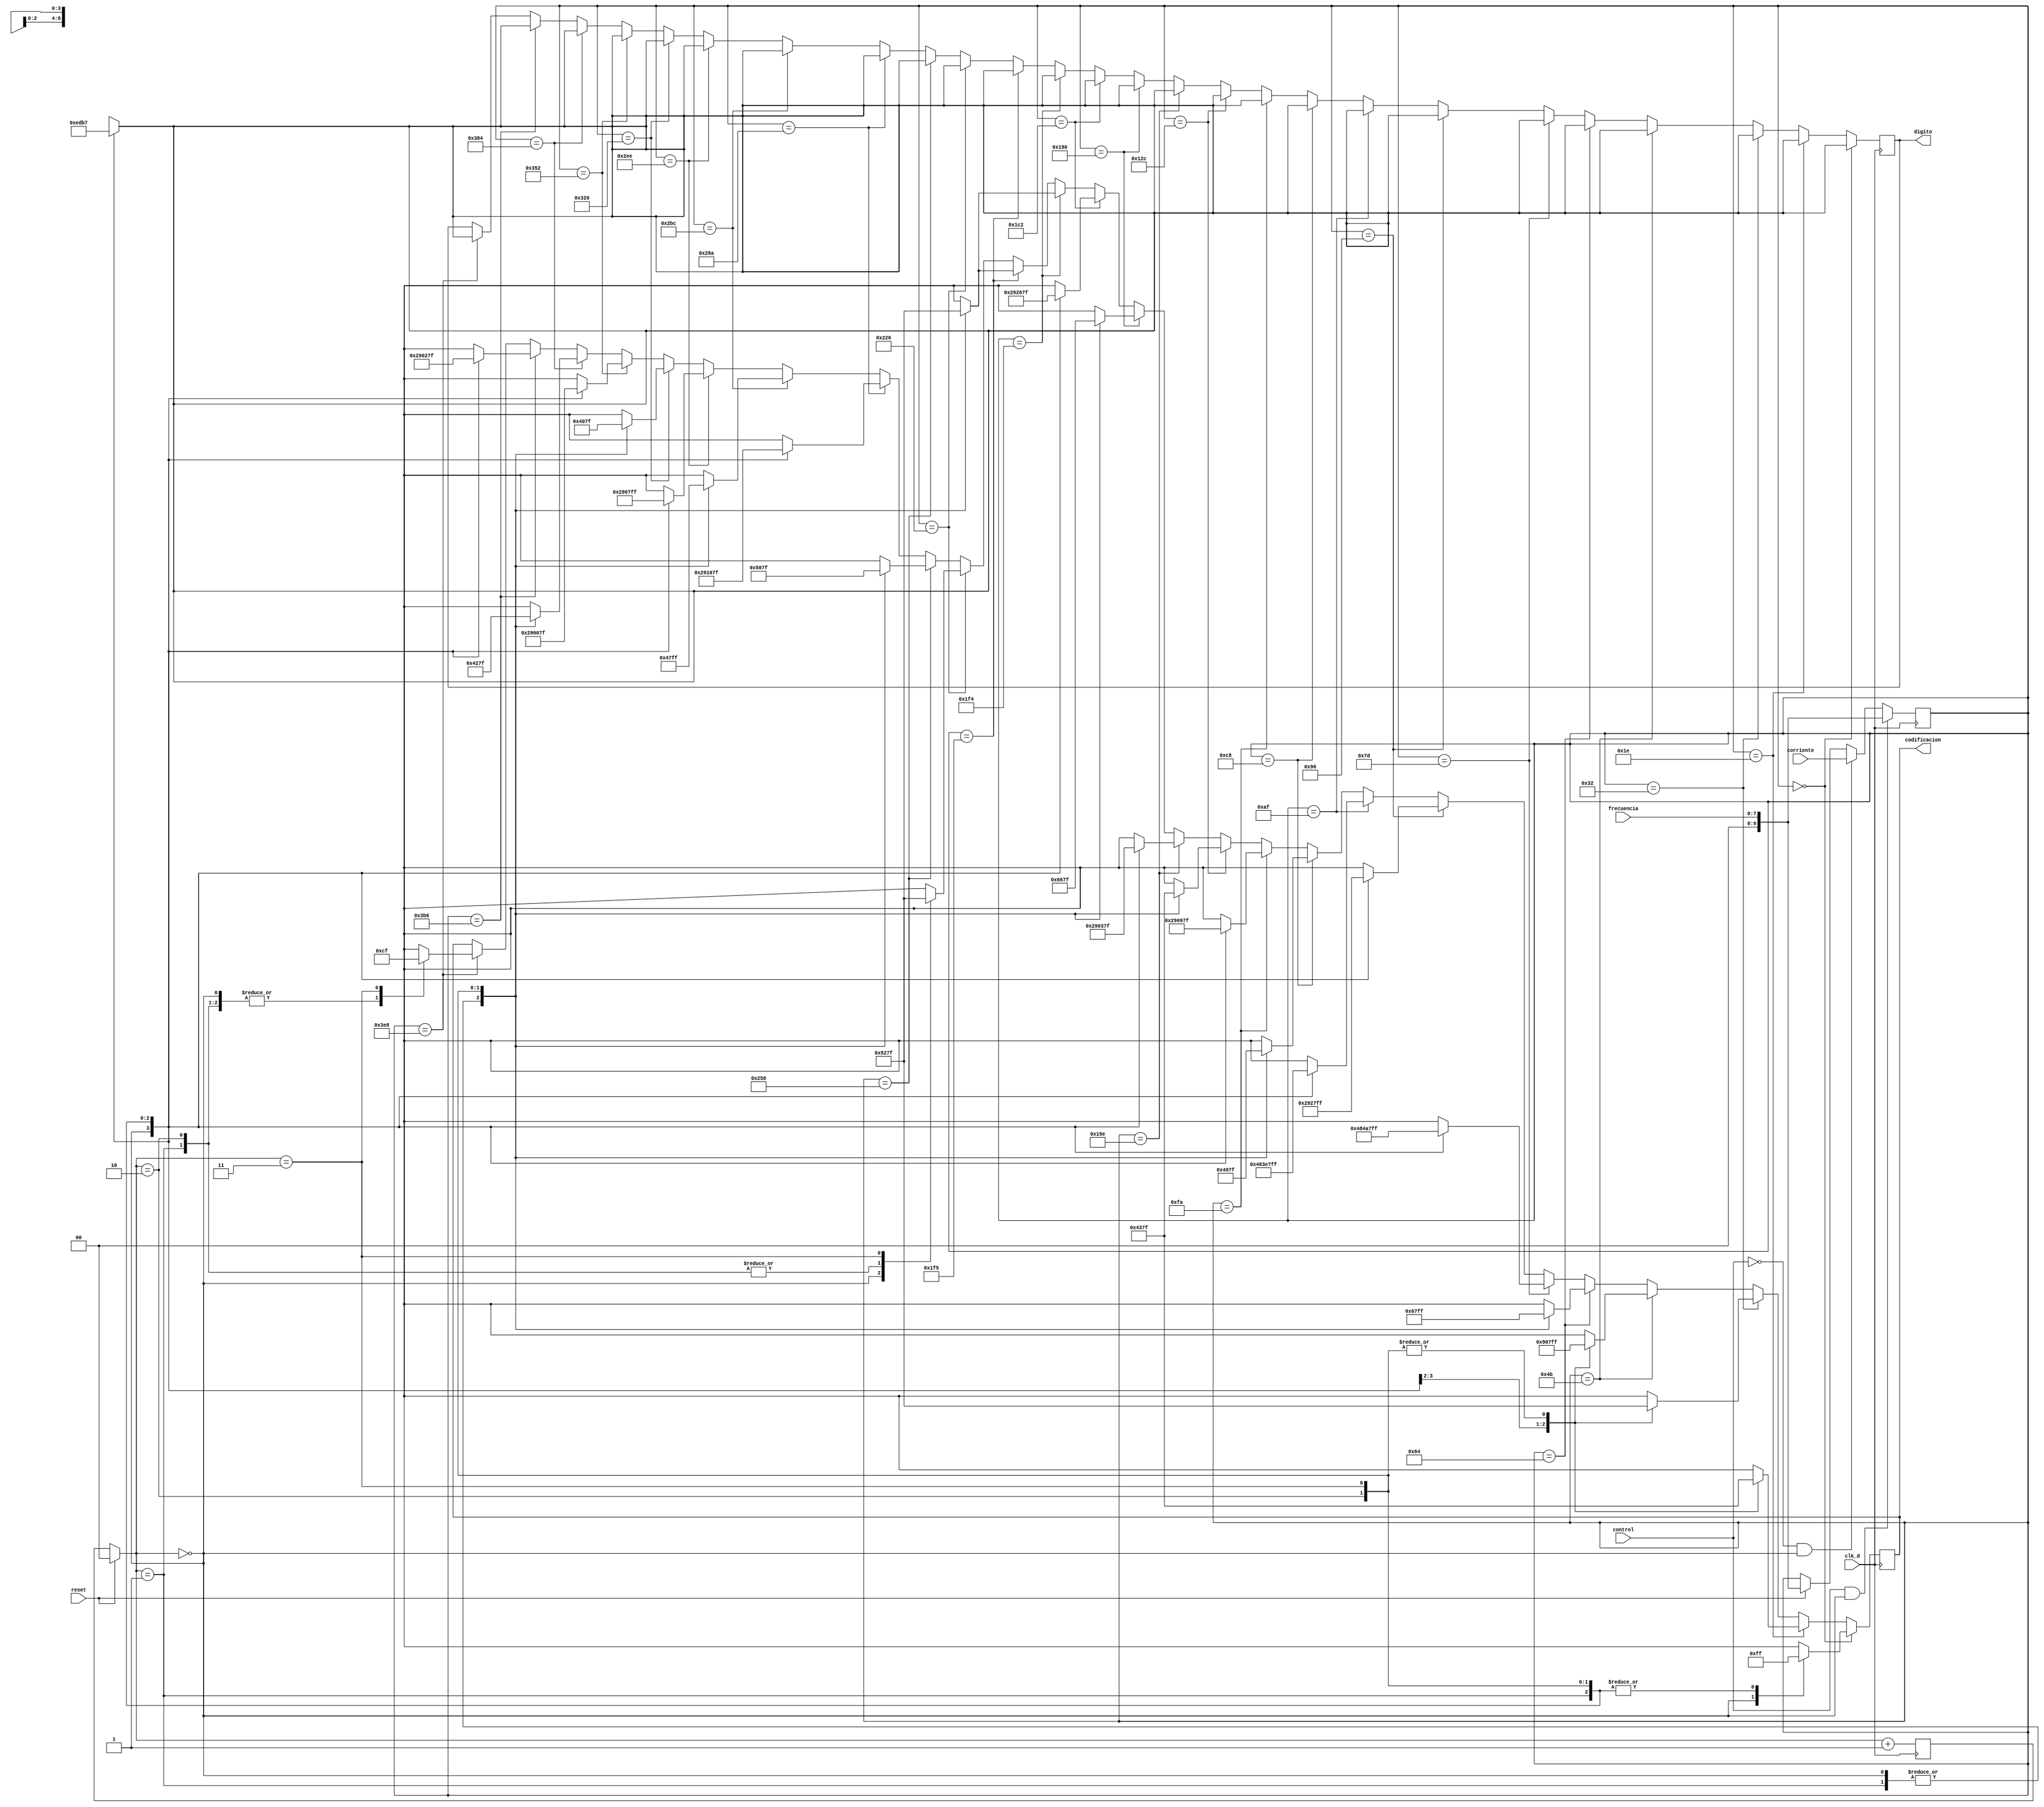
`timescale 1ns / 1ps
//////////////////////////////////////////////////////////////////////////////////
// Company: 	TEC	
// 
// Design Name: 	
// Module Name:    Codificador 7 segmentos 
// Project Name: DPWM
// Target Devices: Nexys3
// Tool versions: 
// Description: 
//
// Dependencies: 
//
// Revision: 
// Revision 0.01 - File Created
// Additional Comments: 
//
//////////////////////////////////////////////////////////////////////////////////
module Codificador_7_Seg(
	 input [7:0] frecuencia,							//proviene de la memoria de frecuencia
	 input [9:0] corriente, 
	 input control,
	 input reset,
	 input clk_d,
	 output reg [6:0] codificacion,
	 output reg [3:0] digito
    );
	 
	 reg [1:0] contador;
	 reg [9:0] variable;
	 
	 always @(posedge clk_d)
	 begin
		 if (reset)
			begin contador=2'b00;
			variable<=frecuencia; end
		 if (control==1 && contador==0)					//escoje el modo de operaci?n frecuencia o corriente
			variable<=frecuencia;
		 else if (control==0 && contador==0)
			variable<=corriente;
		
		if (variable==10'd0)									//realiza las operaciones seg?n cada caso
			case (contador)
				0: begin
					digito<=4'd14;
					codificacion<=7'b0000001;
				end
				1:begin
					digito<=4'd13;
					codificacion<=7'b1111111;
				end
				2: begin
					digito<=4'd11;
					codificacion<=7'b1111111;
				end
				3: begin
					digito<=4'd7;
					codificacion<=7'b1111111;
				end
				default: begin
					digito<=4'd14;
					codificacion<=7'b1111111;
				end
			endcase
		
		else if (variable==10'd30)								
			case (contador)
				0: begin
					digito<=4'd14;
					codificacion<=7'b0000001;
				end
				1:begin
					digito<=4'd13;
					codificacion<=7'b0000110;
				end
				2: begin
					digito<=4'd11;
					codificacion<=7'b1111111;
				end
				3: begin
					digito<=4'd7;
					codificacion<=7'b1111111;
				end
				default: begin
					digito<=4'd14;
					codificacion<=7'b1111111;
				end
			endcase
			
		else if (variable==10'd50)
			case (contador)
				0: begin
					digito<=4'd14;
					codificacion<=7'b0000001;
				end
				1:begin
					digito<=4'd13;
					codificacion<=7'b0100100;
				end
				2: begin
					digito<=4'd11;
					codificacion<=7'b1111111;
				end
				3: begin
					digito<=4'd7;
					codificacion<=7'b1111111;
				end
				default: begin
					digito<=4'd14;
					codificacion<=7'b1111111;
				end
			endcase
			
		else if (variable==10'd75)
			case (contador)
				0: begin
					digito<=4'd14;
					codificacion<=7'b0100100;
				end
				1:begin
					digito<=4'd13;
					codificacion<=7'b0001111;
				end
				2: begin
					digito<=4'd11;
					codificacion<=7'b1111111;
				end
				3: begin
					digito<=4'd7;
					codificacion<=7'b1111111;
				end
				default: begin
					digito<=4'd14;
					codificacion<=7'b1111111;
				end
			endcase
		
		else if (variable==10'd100)
			case (contador)
				0: begin
					digito<=4'd14;
					codificacion<=7'b0000001;
				end
				1:begin
					digito<=4'd13;
					codificacion<=7'b0000001;
				end
				2: begin
					digito<=4'd11;
					codificacion<=7'b1001111;
				end
				3: begin
					digito<=4'd7;
					codificacion<=7'b1111111;
				end
				default: begin
					digito<=4'd14;
					codificacion<=7'b1111111;
				end
			endcase
			
		else if (variable==10'd125)
			case (contador)
				0: begin
					digito<=4'd14;
					codificacion<=7'b0100100;
				end
				1:begin
					digito<=4'd13;
					codificacion<=7'b0010010;
				end
				2: begin
					digito<=4'd11;
					codificacion<=7'b1001111;
				end
				3: begin
					digito<=4'd7;
					codificacion<=7'b1111111;
				end
				default: begin
					digito<=4'd14;
					codificacion<=7'b1111111;
				end
			endcase
		
		else if (variable==10'd150)
			case (contador)
				0: begin
					digito<=4'd14;
					codificacion<=7'b0000001;
				end
				1:begin
					digito<=4'd13;
					codificacion<=7'b0100100;
				end
				2: begin
					digito<=4'd11;
					codificacion<=7'b1001111;
				end
				3: begin
					digito<=4'd7;
					codificacion<=7'b1111111;
				end
				default: begin
					digito<=4'd14;
					codificacion<=7'b1111111;
				end
			endcase
		
		else if (variable==10'd175)
			case (contador)
				0: begin
					digito<=4'd14;
					codificacion<=7'b0100100;
				end
				1:begin
					digito<=4'd13;
					codificacion<=7'b0001111;
				end
				2: begin
					digito<=4'd11;
					codificacion<=7'b1001111;
				end
				3: begin
					digito<=4'd7;
					codificacion<=7'b1111111;
				end
				default: begin
					digito<=4'd14;
					codificacion<=7'b1111111;
				end
			endcase 
		
		else if (variable==10'd200)
			case (contador)
				0: begin
					digito<=4'd14;
					codificacion<=7'b0000001;
				end
				1:begin
					digito<=4'd13;
					codificacion<=7'b0000001;
				end
				2: begin
					digito<=4'd11;
					codificacion<=7'b0010010;
				end
				3: begin
					digito<=4'd7;
					codificacion<=7'b1111111;
				end
				default: begin
					digito<=4'd14;
					codificacion<=7'b1111111;
				end
			endcase
		
		else if (variable==10'd250)
			case (contador)
				0: begin
					digito<=4'd14;
					codificacion<=7'b0000001;
				end
				1:begin
					digito<=4'd13;
					codificacion<=7'b0100100;
				end
				2: begin
					digito<=4'd11;
					codificacion<=7'b0010010;
				end
				3: begin
					digito<=4'd7;
					codificacion<=7'b1111111;
				end
				default: begin
					digito<=4'd14;
					codificacion<=7'b1111111;
				end
			endcase
		
		else if (variable==10'd300)
			case (contador)
				0: begin
					digito<=4'd14;
					codificacion<=7'b0000001;
				end
				1:begin
					digito<=4'd13;
					codificacion<=7'b0000001;
				end
				2: begin
					digito<=4'd11;
					codificacion<=7'b0000110;
				end
				3: begin
					digito<=4'd7;
					codificacion<=7'b1111111;
				end
				default: begin
					digito<=4'd14;
					codificacion<=7'b1111111;
				end
			endcase
		
		else if (variable==10'd350)
			case (contador)
				0: begin
					digito<=4'd14;
					codificacion<=7'b0000001;
				end
				1:begin
					digito<=4'd13;
					codificacion<=7'b0100100;
				end
				2: begin
					digito<=4'd11;
					codificacion<=7'b0000110;
				end
				3: begin
					digito<=4'd7;
					codificacion<=7'b1111111;
				end
				default: begin
					digito<=4'd14;
					codificacion<=7'b1111111;
				end
			endcase
		
		else if (variable==10'd400)
			case (contador)
				0: begin
					digito<=4'd14;
					codificacion<=7'b0000001;
				end
				1:begin
					digito<=4'd13;
					codificacion<=7'b0000001;
				end
				2: begin
					digito<=4'd11;
					codificacion<=7'b1001100;
				end
				3: begin
					digito<=4'd7;
					codificacion<=7'b1111111;
				end
				default: begin
					digito<=4'd14;
					codificacion<=7'b1111111;
				end
			endcase
		
		else if (variable==10'd450)
			case (contador)
				0: begin
					digito<=4'd14;
					codificacion<=7'b0000001;
				end
				1:begin
					digito<=4'd13;
					codificacion<=7'b0100100;
				end
				2: begin
					digito<=4'd11;
					codificacion<=7'b1001100;
				end
				3: begin
					digito<=4'd7;
					codificacion<=7'b1111111;
				end
				default: begin
					digito<=4'd14;
					codificacion<=7'b1111111;
				end
			endcase
		
		else if (variable==10'd500)
			case (contador)
				0: begin
					digito<=4'd14;
					codificacion<=7'b0000001;
				end
				1:begin
					digito<=4'd13;
					codificacion<=7'b0000001;
				end
				2: begin
					digito<=4'd11;
					codificacion<=7'b0100100;
				end
				3: begin
					digito<=4'd7;
					codificacion<=7'b1111111;
				end
				default: begin
					digito<=4'd14;
					codificacion<=7'b1111111;
				end
			endcase
			
		else if (variable==10'd501)
			case (contador)
				0: begin
					digito<=4'd14;
					codificacion<=7'b0000001;
				end
				1:begin
					digito<=4'd13;
					codificacion<=7'b0000001;
				end
				2: begin
					digito<=4'd11;
					codificacion<=7'b0100100;
				end
				3: begin
					digito<=4'd7;
					codificacion<=7'b1111111;
				end
				default: begin
					digito<=4'd14;
					codificacion<=7'b1111111;
				end
			endcase
		
		else if (variable==10'd550)
			case (contador)
				0: begin
					digito<=4'd14;
					codificacion<=7'b0000001;
				end
				1:begin
					digito<=4'd13;
					codificacion<=7'b0100100;
				end
				2: begin
					digito<=4'd11;
					codificacion<=7'b0100100;
				end
				3: begin
					digito<=4'd7;
					codificacion<=7'b1111111;
				end
				default: begin
					digito<=4'd14;
					codificacion<=7'b1111111;
				end
			endcase
		
		else if (variable==10'd600)
			case (contador)
				0: begin
					digito<=4'd14;
					codificacion<=7'b0000001;
				end
				1:begin
					digito<=4'd13;
					codificacion<=7'b0000001;
				end
				2: begin
					digito<=4'd11;
					codificacion<=7'b0100000;
				end
				3: begin
					digito<=4'd7;
					codificacion<=7'b1111111;
				end
				default: begin
					digito<=4'd14;
					codificacion<=7'b1111111;
				end
			endcase
		
		else if (variable==10'd650)
			case (contador)
				0: begin
					digito<=4'd14;
					codificacion<=7'b0000001;
				end
				1:begin
					digito<=4'd13;
					codificacion<=7'b0100100;
				end
				2: begin
					digito<=4'd11;
					codificacion<=7'b0100000;
				end
				3: begin
					digito<=4'd7;
					codificacion<=7'b1111111;
				end
				default: begin
					digito<=4'd14;
					codificacion<=7'b1111111;
				end
			endcase
		
		else if (variable==10'd700)
			case (contador)
				0: begin
					digito<=4'd14;
					codificacion<=7'b0000001;
				end
				1:begin
					digito<=4'd13;
					codificacion<=7'b0000001;
				end
				2: begin
					digito<=4'd11;
					codificacion<=7'b0001111;
				end
				3: begin
					digito<=4'd7;
					codificacion<=7'b1111111;
				end
				default: begin
					digito<=4'd14;
					codificacion<=7'b1111111;
				end
			endcase
		
		else if (variable==10'd750)
			case (contador)
				0: begin
					digito<=4'd14;
					codificacion<=7'b0000001;
				end
				1:begin
					digito<=4'd13;
					codificacion<=7'b0100100;
				end
				2: begin
					digito<=4'd11;
					codificacion<=7'b0001111;
				end
				3: begin
					digito<=4'd7;
					codificacion<=7'b1111111;
				end
				default: begin
					digito<=4'd14;
					codificacion<=7'b1111111;
				end
			endcase
		
		else if (variable==10'd800)
			case (contador)
				0: begin
					digito<=4'd14;
					codificacion<=7'b0000001;
				end
				1:begin
					digito<=4'd13;
					codificacion<=7'b0000001;
				end
				2: begin
					digito<=4'd11;
					codificacion<=7'b0000000;
				end
				3: begin
					digito<=4'd7;
					codificacion<=7'b1111111;
				end
				default: begin
					digito<=4'd14;
					codificacion<=7'b1111111;
				end
			endcase
		
		else if (variable==10'd850)
			case (contador)
				0: begin
					digito<=4'd14;
					codificacion<=7'b0000001;
				end
				1:begin
					digito<=4'd13;
					codificacion<=7'b0100100;
				end
				2: begin
					digito<=4'd11;
					codificacion<=7'b0000000;
				end
				3: begin
					digito<=4'd7;
					codificacion<=7'b1111111;
				end
				default: begin
					digito<=4'd14;
					codificacion<=7'b1111111;
				end
			endcase
		
		else if (variable==10'd900)
			case (contador)
				0: begin
					digito<=4'd14;
					codificacion<=7'b0000001;
				end
				1:begin
					digito<=4'd13;
					codificacion<=7'b0000001;
				end
				2: begin
					digito<=4'd11;
					codificacion<=7'b0000100;
				end
				3: begin
					digito<=4'd7;
					codificacion<=7'b1111111;
				end
				default: begin
					digito<=4'd14;
					codificacion<=7'b1111111;
				end
			endcase
		
		else if (variable==10'd950)
			case (contador)
				0: begin
					digito<=4'd14;
					codificacion<=7'b0000001;
				end
				1:begin
					digito<=4'd13;
					codificacion<=7'b0100100;
				end
				2: begin
					digito<=4'd11;
					codificacion<=7'b0000100;
				end
				3: begin
					digito<=4'd7;
					codificacion<=7'b1111111;
				end
				default: begin
					digito<=4'd14;
					codificacion<=7'b1111111;
				end
			endcase
		
		else if (variable==10'd1000)
			case (contador)
				0: begin
					digito<=4'd14;
					codificacion<=7'b0000001;
				end
				1:begin
					digito<=4'd13;
					codificacion<=7'b0000001;
				end
				2: begin
					digito<=4'd11;
					codificacion<=7'b0000001;
				end
				3: begin
					digito<=4'd7;
					codificacion<=7'b1001111;
				end
				default: begin
					digito<=4'd14;
					codificacion<=7'b1111111;
				end
			endcase
		
		contador=contador+2'd1;
	
	 end
endmodule